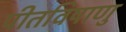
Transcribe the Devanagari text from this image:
पीतविषाणु